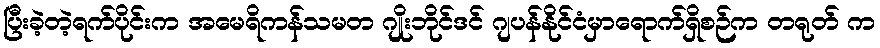
ပြီးခဲ့တဲ့ရက်ပိုင်းက အမေရိကန်သမတ ဂျိုးဘိုင်ဒင် ဂျပန်နိုင်ငံမှာရောက်ရှိစဉ်က တရုတ် က